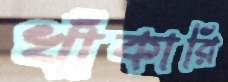
খাঁকারি